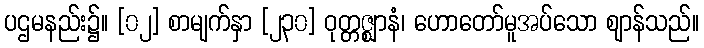
ပဌမနည်း၌။ [၀၂] စာမျက်နှာ [၂၃၀] ဝုတ္တဇ္ဈာနံ၊ ဟောတော်မူအပ်သော ဈာန်သည်။